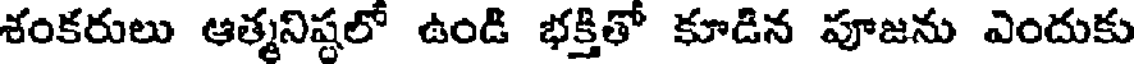
శంకరులు ఆత్మనిష్టలో ఉండి భక్తితో కూడిన పూజను ఎందుకు